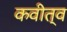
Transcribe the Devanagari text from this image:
कवीत्व